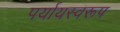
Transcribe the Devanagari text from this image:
पर्यायस्वरूप